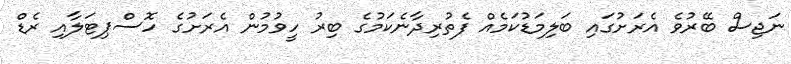
ނަޖިސް ބޭރުވެ އެރަށުގައި ބަލިމަޑުކަމެއް ފެތުރިދާނެކަމުގެ ބިރު ހީވުމުން އެރަށުގެ ހޮސްޕިޓަލާއި ރެޑް